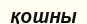
қошны